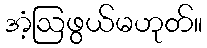
အံ့ဩဖွယ်မဟုတ်။